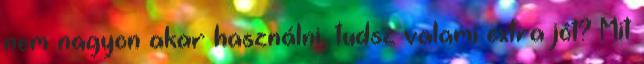
nem nagyon akar használni, tudsz valami extra jót? Mit